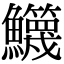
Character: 𩽣